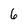
Character: 6